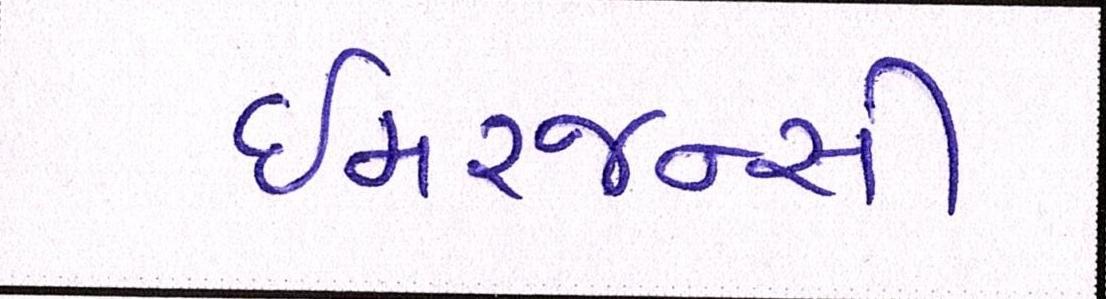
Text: ઇમરજન્સી